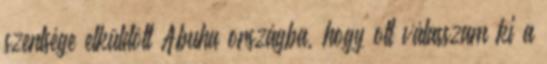
szentsége elküldött Abuha országba, hogy ott válasszam ki a